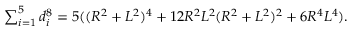
\textstyle \sum _ { i = 1 } ^ { 5 } d _ { i } ^ { 8 } = 5 ( ( R ^ { 2 } + L ^ { 2 } ) ^ { 4 } + 1 2 R ^ { 2 } L ^ { 2 } ( R ^ { 2 } + L ^ { 2 } ) ^ { 2 } + 6 R ^ { 4 } L ^ { 4 } ) .